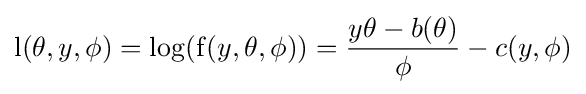
\operatorname {l} (\theta ,y,\phi )=\log(\operatorname {f} (y,\theta ,\phi ))={\frac {y\theta -b(\theta )}{\phi }}-c(y,\phi )